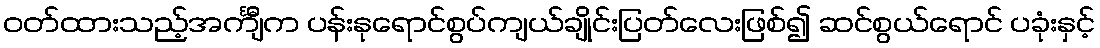
ဝတ်ထားသည့်အင်္ကျီက ပန်းနုရောင်စွပ်ကျယ်ချိုင်းပြတ်လေးဖြစ်၍ ဆင်စွယ်ရောင် ပခုံးနှင့်